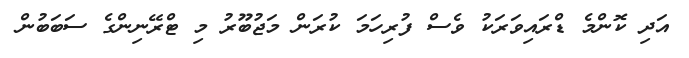
އަދި ކޮންމެ ޑްރައިވަރަކު ވެސް ފުރިހަމަ ކުރަން މަޖުބޫރު މި ޓްރޭނިންގެ ސަބަބުން